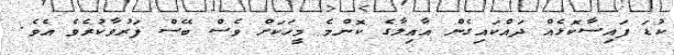
ކުޑަ ފައިސާކޮޅެއް ދައްކައިގެން އާއިލާގެ ކޮންމެ މީހަކަށް ވެސް ބޭސް ފަރުވާކުރެވެ އެވެ.